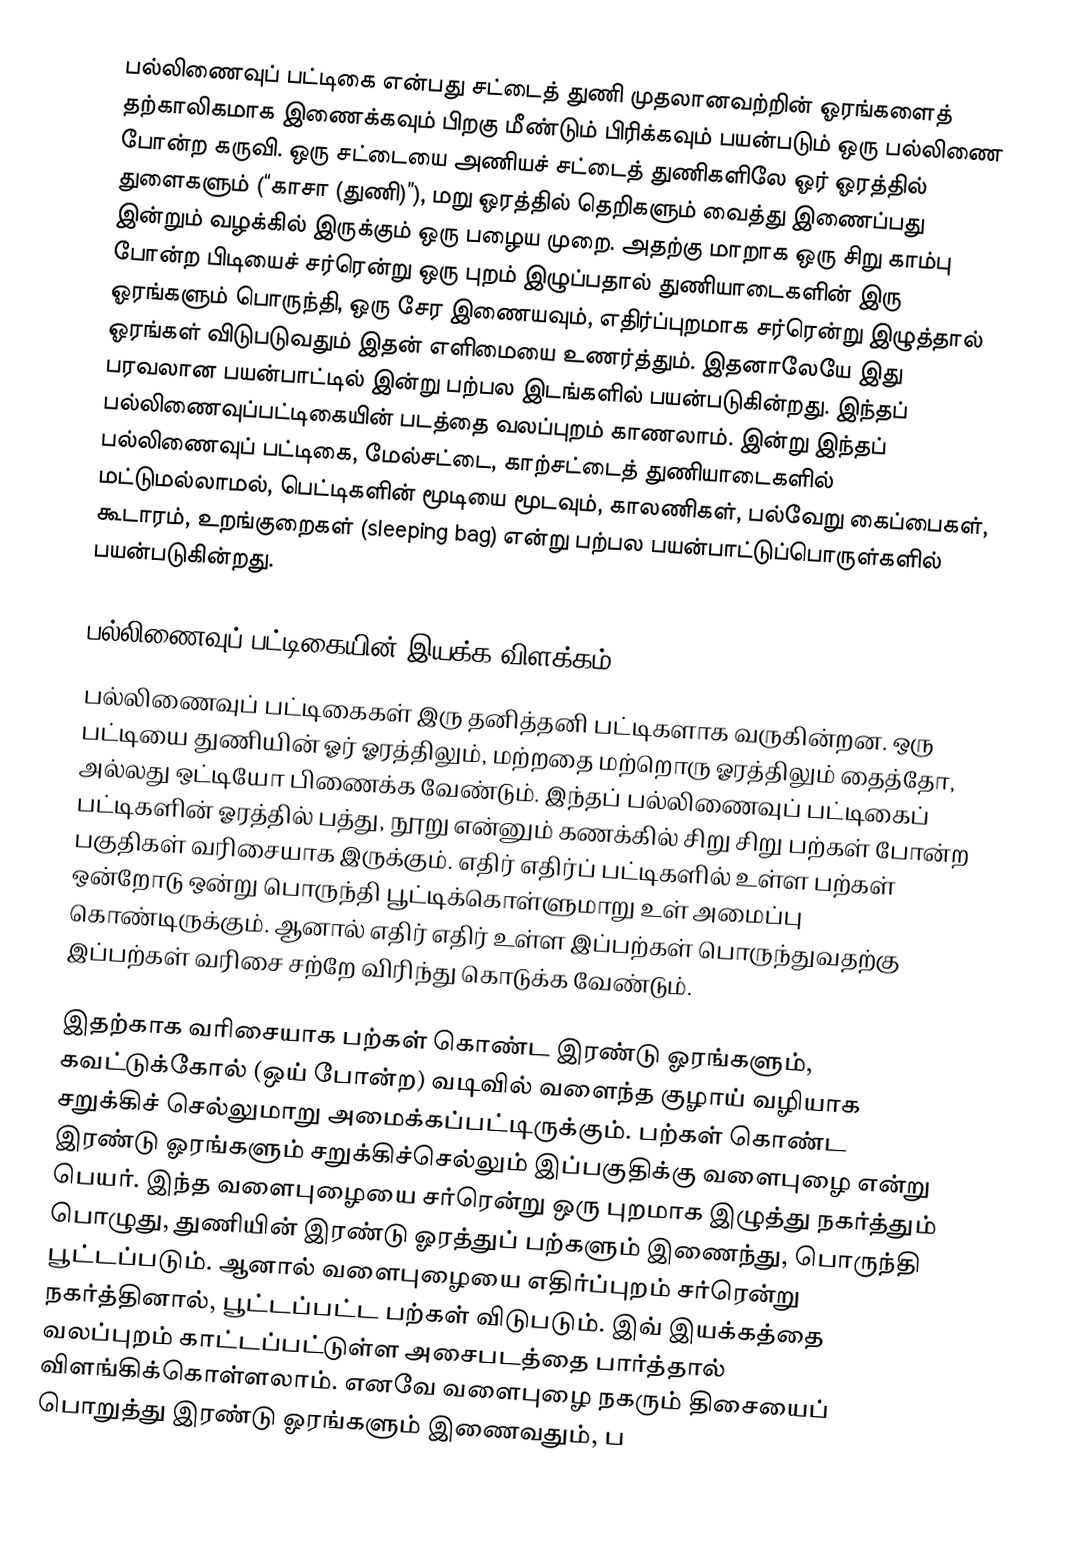
பல்லிணைவுப் பட்டிகை என்பது சட்டைத் துணி முதலானவற்றின் ஓரங்களைத் தற்காலிகமாக இணைக்கவும் பிறகு மீண்டும் பிரிக்கவும் பயன்படும் ஒரு பல்லிணை போன்ற கருவி. ஒரு சட்டையை அணியச் சட்டைத் துணிகளிலே ஓர் ஓரத்தில் துளைகளும் (“காசா (துணி)”), மறு ஓரத்தில் தெறிகளும் வைத்து இணைப்பது இன்றும் வழக்கில் இருக்கும் ஒரு பழைய முறை. அதற்கு மாறாக ஒரு சிறு காம்பு போன்ற பிடியைச் சர்ரென்று ஒரு புறம் இழுப்பதால் துணியாடைகளின் இரு ஓரங்களும் பொருந்தி, ஒரு சேர இணையவும், எதிர்ப்புறமாக சர்ரென்று இழுத்தால் ஓரங்கள் விடுபடுவதும் இதன் எளிமையை உணர்த்தும். இதனாலேயே இது பரவலான பயன்பாட்டில் இன்று பற்பல இடங்களில் பயன்படுகின்றது. இந்தப் பல்லிணைவுப்பட்டிகையின் படத்தை வலப்புறம் காணலாம். இன்று இந்தப் பல்லிணைவுப் பட்டிகை, மேல்சட்டை, காற்சட்டைத் துணியாடைகளில் மட்டுமல்லாமல், பெட்டிகளின் மூடியை மூடவும், காலணிகள், பல்வேறு கைப்பைகள், கூடாரம், உறங்குறைகள் (sleeping bag) என்று பற்பல பயன்பாட்டுப்பொருள்களில் பயன்படுகின்றது.

பல்லிணைவுப் பட்டிகையின் இயக்க விளக்கம்
பல்லிணைவுப் பட்டிகைகள் இரு தனித்தனி பட்டிகளாக வருகின்றன. ஒரு பட்டியை துணியின் ஓர் ஓரத்திலும், மற்றதை மற்றொரு ஓரத்திலும் தைத்தோ, அல்லது ஒட்டியோ பிணைக்க வேண்டும். இந்தப் பல்லிணைவுப் பட்டிகைப் பட்டிகளின் ஓரத்தில் பத்து, நூறு என்னும் கணக்கில் சிறு சிறு பற்கள் போன்ற பகுதிகள் வரிசையாக இருக்கும். எதிர் எதிர்ப் பட்டிகளில் உள்ள பற்கள் ஒன்றோடு ஒன்று பொருந்தி பூட்டிக்கொள்ளுமாறு உள் அமைப்பு கொண்டிருக்கும். ஆனால் எதிர் எதிர் உள்ள இப்பற்கள் பொருந்துவதற்கு இப்பற்கள் வரிசை சற்றே விரிந்து கொடுக்க வேண்டும்.

இதற்காக வரிசையாக பற்கள் கொண்ட இரண்டு ஓரங்களும், கவட்டுக்கோல் (ஒய் போன்ற) வடிவில் வளைந்த குழாய் வழியாக சறுக்கிச் செல்லுமாறு அமைக்கப்பட்டிருக்கும். பற்கள் கொண்ட இரண்டு ஓரங்களும் சறுக்கிச்செல்லும் இப்பகுதிக்கு வளைபுழை என்று பெயர். இந்த வளைபுழையை சர்ரென்று ஒரு புறமாக இழுத்து நகர்த்தும் பொழுது, துணியின் இரண்டு ஓரத்துப் பற்களும் இணைந்து, பொருந்தி பூட்டப்படும். ஆனால் வளைபுழையை எதிர்ப்புறம் சர்ரென்று நகர்த்தினால், பூட்டப்பட்ட பற்கள் விடுபடும். இவ் இயக்கத்தை வலப்புறம் காட்டப்பட்டுள்ள அசைபடத்தை பார்த்தால் விளங்கிக்கொள்ளலாம். எனவே வளைபுழை நகரும் திசையைப் பொறுத்து இரண்டு ஓரங்களும் இணைவதும், ப